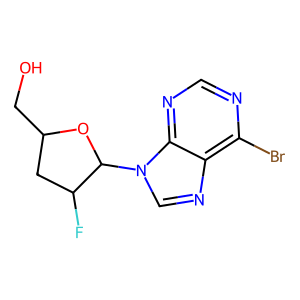
SMILES: OCC1CC(F)C(n2cnc3c(Br)ncnc32)O1
Inhibits HIV replication: No